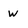
Character: w